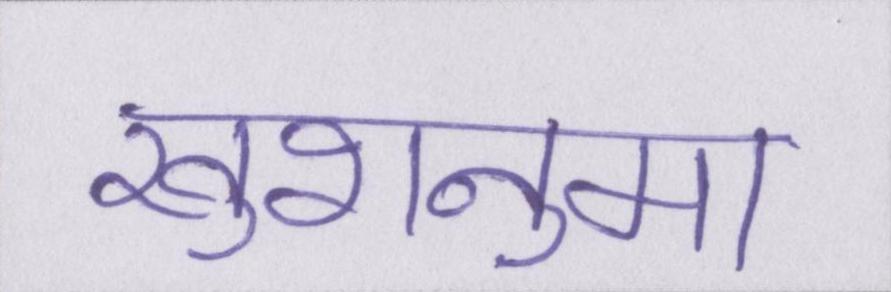
खुशनुमा